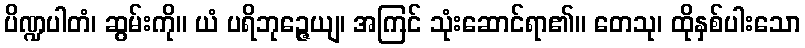
ပိဏ္ဍပါတံ၊ ဆွမ်းကို။ ယံ ပရိဘုဉ္ဇေယျ၊ အကြင် သုံးဆောင်ရာ၏။ တေသု၊ ထိုနှစ်ပါးသော